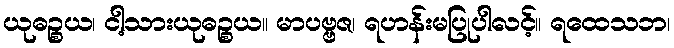
ယုဓဉ္စယ၊ ငါ့သားယုဓဉ္စယ။ မာပဗ္ဗဇ၊ ရဟန်းမပြုပါလင့်။ ရထေသဘ၊